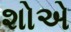
શોએ